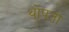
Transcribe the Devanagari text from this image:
थोपता